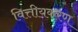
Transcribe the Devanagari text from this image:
वित्तीयकरण